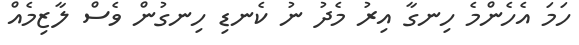
ހަމަ އެހެންމެ ހިނގާ އިރު މެދު ނު ކެނޑި ހިނގުން ވެސް ލާޒިމެއް